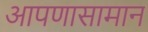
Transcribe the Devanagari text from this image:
आपणासामान